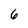
Character: 6